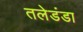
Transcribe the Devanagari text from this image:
तलेडंडा